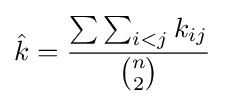
{\hat {k}}={\frac {\sum \sum _{i<j}k_{ij}}{\binom {n}{2}}}